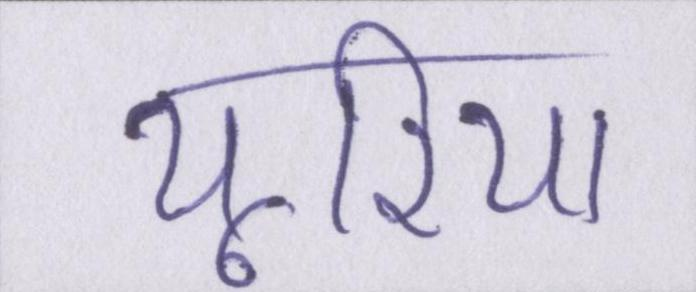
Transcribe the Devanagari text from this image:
यूरिया